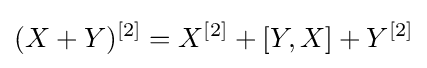
(X+Y)^{[2]}=X^{[2]}+[Y,X]+Y^{[2]}